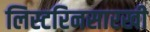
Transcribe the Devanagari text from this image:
लिस्टरिनसारखी